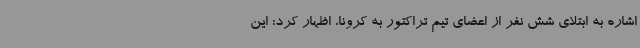
اشاره به ابتلای شش نفر از اعضای تیم تراکتور به کرونا، اظهار کرد: این